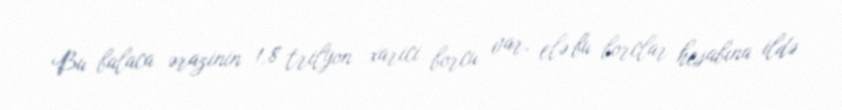
Bu balaca ərazinin 1,8 trilyon xarici borcu var, elə bu borclar hesabına ildə